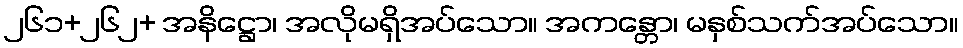
၂၆၁+၂၆၂+ အနိဋ္ဌော၊ အလိုမရှိအပ်သော။ အကန္တော၊ မနှစ်သက်အပ်သော။